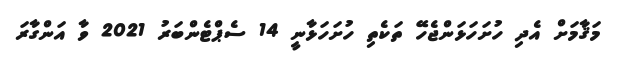
މަޤާމަށް އެދި ހުށަހަޅަންޖެހޭ ތަކެތި ހުށަހަޅާނީ 14 ސެޕްޓެންބަރު 2021 ވާ އަންގާރަ